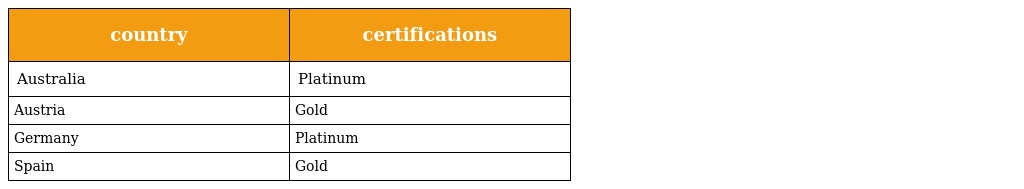
| country | certifications |
 | --- | --- |
 | Australia | Platinum |
 | Austria | Gold |
 | Germany | Platinum |
 | Spain | Gold |